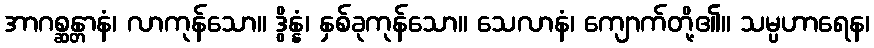
အာဂစ္ဆန္တာနံ၊ လာကုန်သော။ ဒွိန္နံ၊ နှစ်ခုကုန်သော။ သေလာနံ၊ ကျောက်တို့၏။ သမ္ပဟာရေန၊